Annual report on the mental hospital in the Central Provinces and Berar (Nagpur) - 1927-1951
Year: 1927
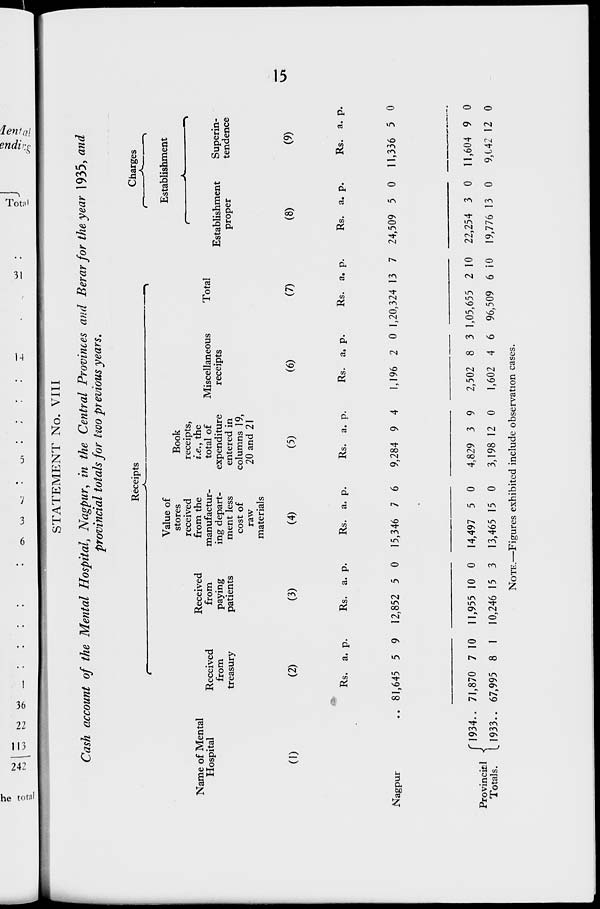
15
STATEMENT No. VIII
Cash account of the Mental Hospital, Nagpur, in the Central Provinces and Berar for the year 1935, and
provincial totals for two previous years.
Name of Mental
Hospital
(1)
Nagpur ..
Provincial
Totals.
1934 ..
1933 ..
Receipts
Received
from
treasury
(2)
Rs.
81,645
71,870
67,995
a.
5
7
8
p.
9
10
1
Received
from
paying
patients
(3)
Rs.
12,852
11,955
10,246
a.
5
10
15
p.
0
0
3
Value of
stores
received
from the
manufactur-
ing depart-
ment less
cost of
raw
materials
(4)
Rs.
15,346
14,497
13,465
a.
7
5
15
p.
6
0
0
Book
receipts,
i.e., the
total of
expenditure
entered in
columns 19,
20 and 21
(5)
Rs.
9,284
4,829
3,198
a.
9
3
12
p.
4
9
0
Miscellaneous
receipts
(6)
Rs.
1,196
2,502
1,602
a.
2
8
4
p.
0
3
6
Total
(7)
Rs.
1,20,324
1,05,655
96,509
a.
13
2
6
p.
7
10
10
Charges
Establishment
Establishment
proper
(8)
Rs.
24,509
22,254
19,776
a.
5
3
13
p.
0
0
0
Superin-
tendence
(9)
Rs.
11,336
11,604
9,042
a.
5
9
12
p.
0
0
0
NOTE.—Figures exhibited include observation cases.